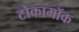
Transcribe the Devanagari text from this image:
टोकामॉक